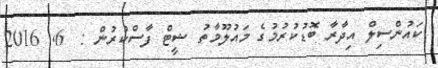
ކައުންސިލް އިދާރާ ބޮޑުކުރުމުގެ މައުލޫމާތު ޝީޓް ފާސްކުރުން :  6